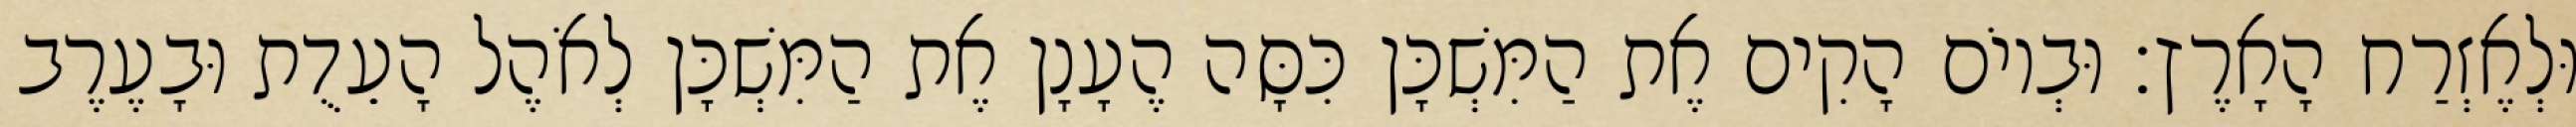
וּלְאֶזְרַח הָאָרֶץ׃ וּבְיוֹם הָקִים אֶת הַמִּשְׁכָּן כִּסָּה הֶעָנָן אֶת הַמִּשְׁכָּן לְאֹהֶל הָעֵדֻת וּבָעֶרֶב